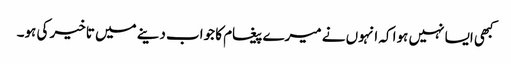
کبھی ایسا نہیں ہوا کہ انہوں نے میرے پیغام کا جواب دینے میں تاخیر کی ہو۔